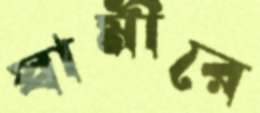
স্বামীরে